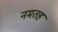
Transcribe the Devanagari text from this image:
नमतह